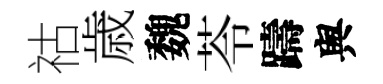
祜歳魏苓躊舆